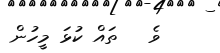
ވެ   ތައް ކުޅަ މީހުން